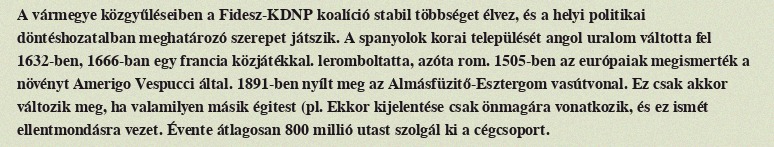
A vármegye közgyűléseiben a Fidesz-KDNP koalíció stabil többséget élvez, és a helyi politikai döntéshozatalban meghatározó szerepet játszik. A spanyolok korai települését angol uralom váltotta fel 1632-ben, 1666-ban egy francia közjátékkal. leromboltatta, azóta rom. 1505-ben az európaiak megismerték a növényt Amerigo Vespucci által. 1891-ben nyílt meg az Almásfüzitő-Esztergom vasútvonal. Ez csak akkor változik meg, ha valamilyen másik égitest (pl. Ekkor kijelentése csak önmagára vonatkozik, és ez ismét ellentmondásra vezet. Évente átlagosan 800 millió utast szolgál ki a cégcsoport.